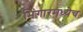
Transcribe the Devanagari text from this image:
भिंगारमध्येच